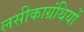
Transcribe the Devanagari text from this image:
लसीकाग्रंथियों